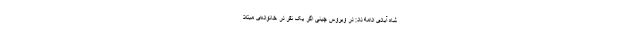
شاه آبادی ادامه داد: در ویروس چینی اگر یک نفر در خانواده‌ای مبتلا